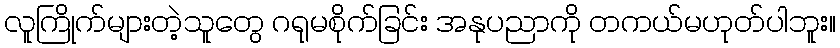
လူကြိုက်များတဲ့သူတွေ ဂရုမစိုက်ခြင်း အနုပညာကို တကယ်မဟုတ်ပါဘူး။